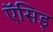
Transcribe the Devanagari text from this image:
ऍसिड्